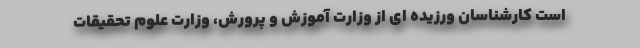
است کارشناسان ورزیده ای از وزارت آموزش و پرورش، وزارت علوم تحقیقات